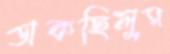
ডাকছিলুম